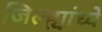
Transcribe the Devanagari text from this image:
जिल्ह्यांध्ये